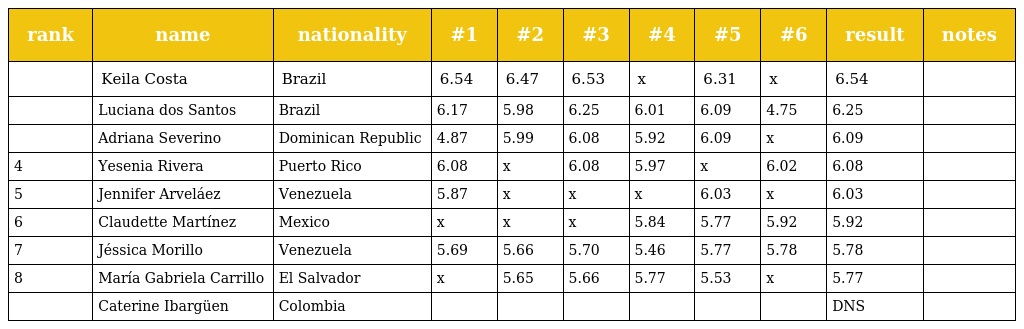
| rank | name | nationality | #1 | #2 | #3 | #4 | #5 | #6 | result | notes |
 | --- | --- | --- | --- | --- | --- | --- | --- | --- | --- | --- |
 |  | Keila Costa | Brazil | 6.54 | 6.47 | 6.53 | x | 6.31 | x | 6.54 |  |
 |  | Luciana dos Santos | Brazil | 6.17 | 5.98 | 6.25 | 6.01 | 6.09 | 4.75 | 6.25 |  |
 |  | Adriana Severino | Dominican Republic | 4.87 | 5.99 | 6.08 | 5.92 | 6.09 | x | 6.09 |  |
 | 4 | Yesenia Rivera | Puerto Rico | 6.08 | x | 6.08 | 5.97 | x | 6.02 | 6.08 |  |
 | 5 | Jennifer Arveláez | Venezuela | 5.87 | x | x | x | 6.03 | x | 6.03 |  |
 | 6 | Claudette Martínez | Mexico | x | x | x | 5.84 | 5.77 | 5.92 | 5.92 |  |
 | 7 | Jéssica Morillo | Venezuela | 5.69 | 5.66 | 5.70 | 5.46 | 5.77 | 5.78 | 5.78 |  |
 | 8 | María Gabriela Carrillo | El Salvador | x | 5.65 | 5.66 | 5.77 | 5.53 | x | 5.77 |  |
 |  | Caterine Ibargüen | Colombia |  |  |  |  |  |  | DNS |  |